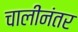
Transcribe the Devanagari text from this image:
चालींनंतर